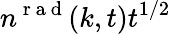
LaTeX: n^{\mathrm{~r~a~d~}}(k,t)t^{1/2}